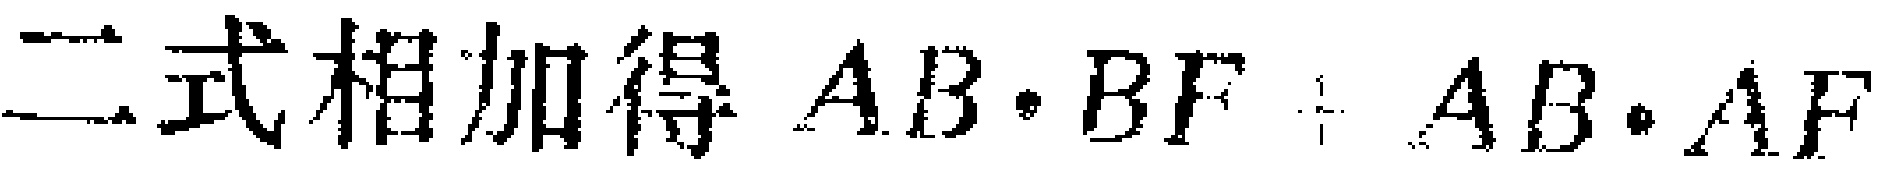
二式相加得 \(AB\cdot BF + AB\cdot AF\)